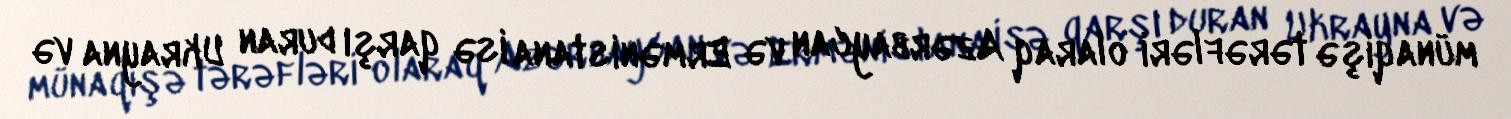
münaqişə tərəfləri olaraq Azərbaycan və Ermənistana isə qarşı duran Ukrayna və